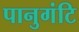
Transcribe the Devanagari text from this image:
पानुगंटि